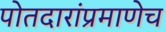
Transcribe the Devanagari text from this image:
पोतदारांप्रमाणेच